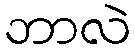
ဘာလဲ